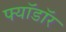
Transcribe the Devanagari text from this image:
फ्यॉडॉर